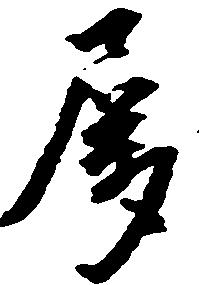
属